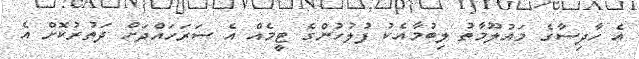
އެ ހާދިސާގެ މައުލޫމާތު ލިބުމާއެކު ފުލުހުންގެ ޓީމެއް އެ ސަރަހައްދަށް ދަތުރުކޮށް އެ